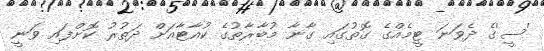
'ސީ'ގެ ދެވަނަ ޓީމެއްގެ ގޮތުގައި ގާނާ މުބާރާތުގެ ކުއާޓާއަށް ދަތުރު ކޮށްފައި ވަނީ